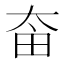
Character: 𡘒